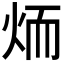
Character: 𦓒